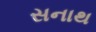
સનાથ